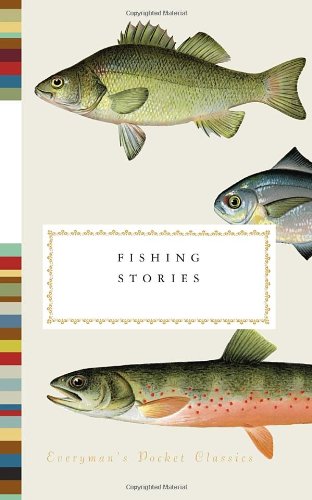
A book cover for Fishing Stories (Everyman's Pocket Classics); Henry Hughes; Literature & Fiction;